Leningradi_Edasi_toimetus, lk 212
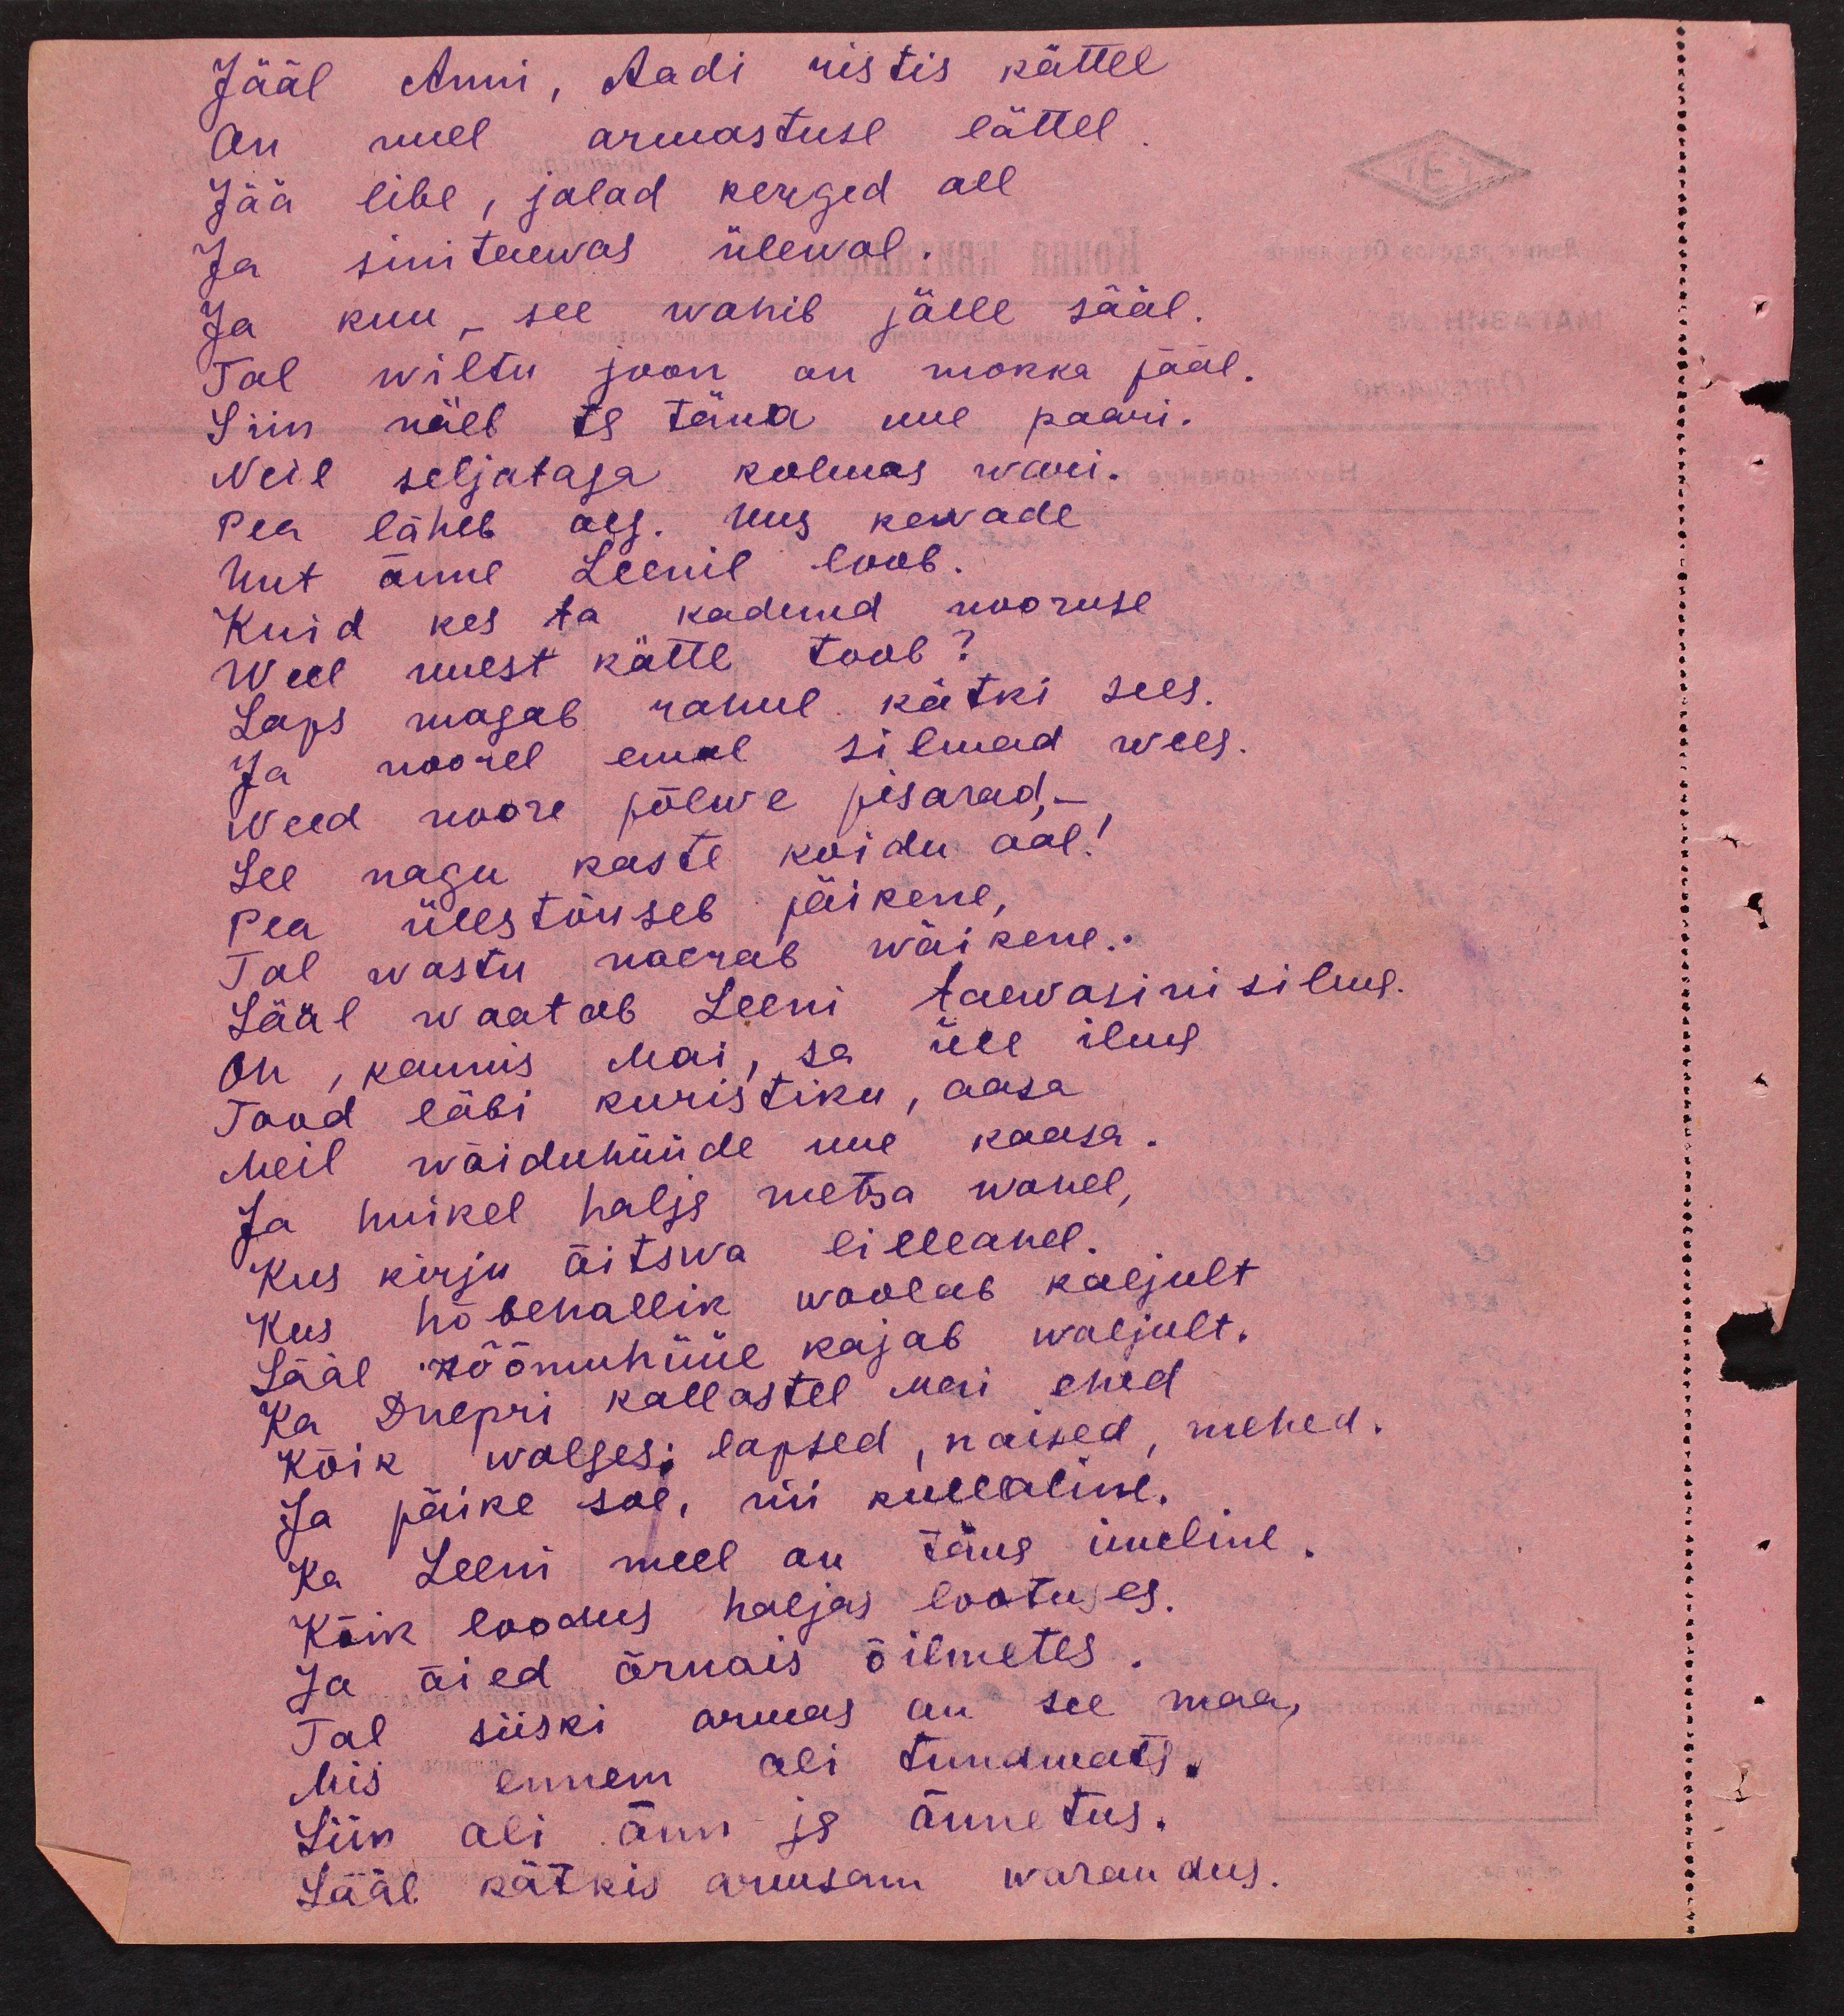
Jääl Anni, Aadi ristis kättel
on uuel armastuse lättel
Jää libe, jalad kerged all
Ja sinitaewas ülewal.
Ja kuu, see wahib jälle sääl.
Tal wiltu joon on mokka pääl.
Siin näeb ta täna uue paari.
Neil seljataga kolmas wari.
Pea läheb aeg. uus kewade
Uut õnne Leenil loob.
Kuid kes ta kadunud nooruse
Weel uuest kätte toob?
Laps magab rahul kätki sees.
Ja noorel emal silmad wees.
Need noore põlwe pisarad, -
See nagu kaste koidu aal!
Pea üles tõuseb päikene,
Tal wastu naerab wäikene.
Sääl waatab Leeni taevasini silms.
Oh, kaunis Mai, sa üle ilus
Tood läbi kuristiku, aasa
Meil wõiduhüüde uue kaasa.
Ja huikel halja metsa wahel,
Kus kirju õitswa lilleahel.
Kus hõbehallik woolab kaljult
Sääl rõõmuhüüe kajab waljult.
Ka Dnepri kallastel mai ehid
Kõik walges lapsed, naised, mehed.
Ja päike soe, nii kullaline.
Ka Leeni meel on täna imeline.
Kõik loodus haljas lootuses.
Ja õied õrnais õilmetes.
Tal siiski armas on see maa,
Mis ennem oli tundmata.
Siin oli õnn ja õnnetus.
Sääl kätkis armsam warandus.